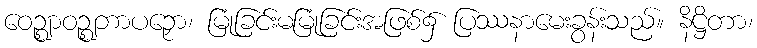
ဝေဉ္ဈာဝဉ္ဈဘာပဉှော၊ မြုံခြင်းမမြုံခြင်းအဖြစ်၌ ပြဿနာမေးခွန်းသည်။ နိဋ္ဌိတာ၊